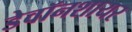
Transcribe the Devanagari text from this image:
डेवॉनशायर